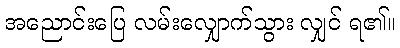
အညောင်းပြေ လမ်းလျှောက်သွား လျှင် ရ၏။